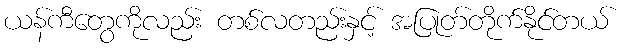
ယန်ကီတွေကိုလည်း တစ်လတည်းနှင့် အပြုတ်တိုက်နိုင်တယ်